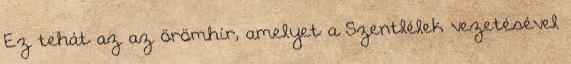
Ez tehát az az örömhír, amelyet a Szentlélek vezetésével